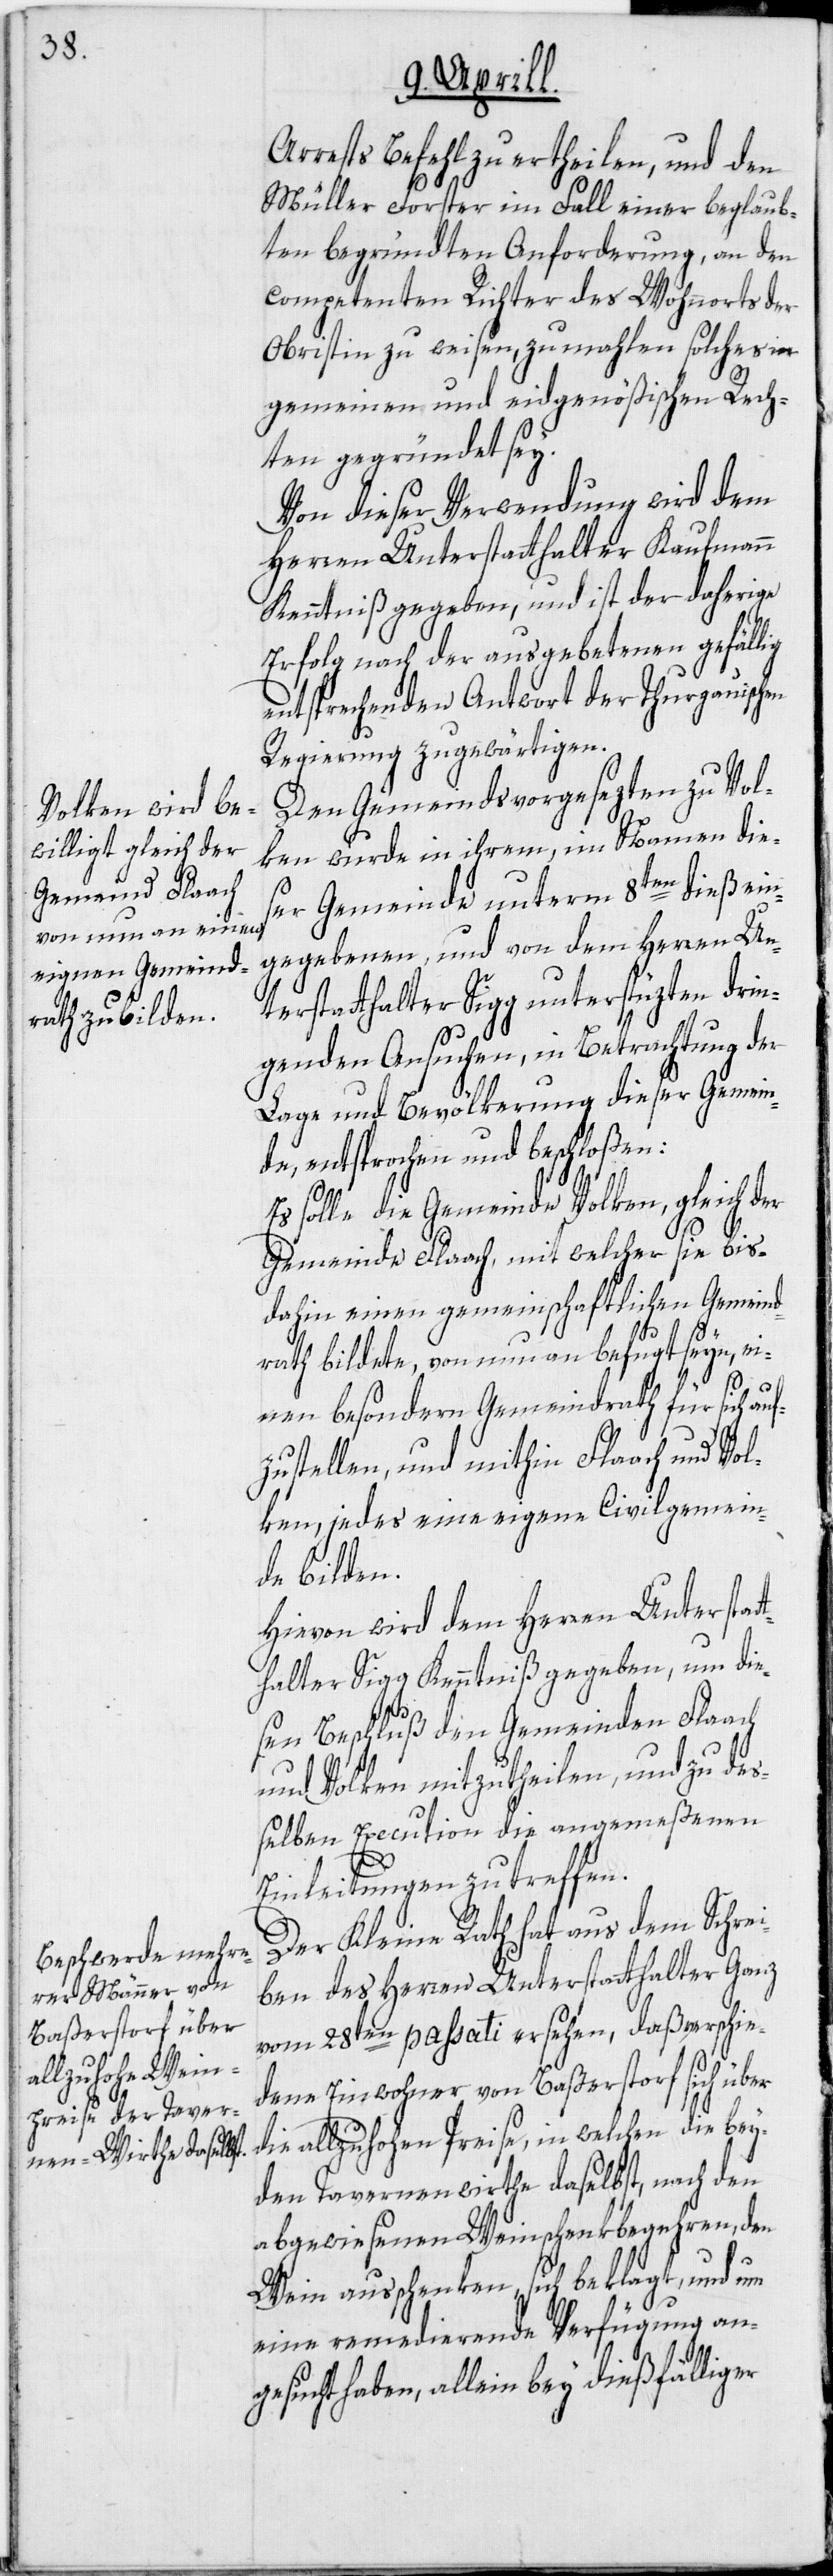
Arrests Befehl zu ertheilen, und den
Müller Forster im Fall einer beglaub¬
ten begründten Anforderung, an den
competenten Richter des Wohnorts der
Obristin zu weisen, zumahlen solches in
gemeinen und eidgenößischen Rech¬
ten gegründet sey.
Von dieser Verwendung wird dem
Herren Unterstatthalter Kaufmann
Kenntniß gegeben, und ist der daherige
Erfolg nach der ausgebetenen gefällig
entsprechenden Antwort der Thurgauischen
Regierung zu gewärtigen.
Den Gemeindsvorgesezten zu Vol¬
ken wurde in ihrem, im Namen die¬
ser Gemeinde unterm 8ten dieß ein¬
gegebenen, und von dem Herren Un¬
terstatthalter Sigg unterstüzten drin¬
genden Ansuchen, in Betrachtung der
Lage und Bevölkerung dieser Gemein¬
de, entsprochen und beschloßen:
Es solle die Gemeinde Volken, gleich der
Gemeinde Flaach, mit welcher sie bis¬
dahin einen gemeinschaftlichen Gemeind¬
rath bildete, von nun an befugt seyn, ei¬
nen besondern Gemeindrath für sich auf¬
zustellen, und mithin Flaach und Vol¬
ken, jedes eine eigene Civilgemein¬
de bilden.
Hievon wird dem Herren Unterstat¬
thalter Sigg Kenntniß gegeben, um die¬
sen Beschluß den Gemeinden Flaach
und Volken mitzutheilen, und zu de¬
ßelben Execution die angemeßenen
Einleitungen zu treffen.
Der Kleine Rath hat aus dem Schrei¬
ben des Herren Unterstatthalter Ganz
vom 28ten passati ersehen, daß verschie¬
dene Einwohner von Baßerstorf sich über
die allzuhohen Preise, in welchen die bey¬
den Tavernenwirthe daselbst, nach den
abgewiesenen Weinschenkbegehren, den
Wein ausschenken, sich beklagt, und um
eine remedierende Verfügung an¬
gesucht haben, allein bey dießfälliger